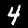
Label: 4